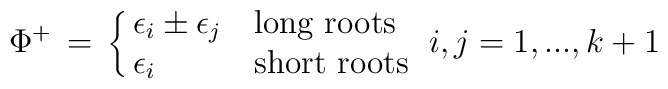
\Phi^+\, =\,\cases{\epsilon_i\pm \epsilon_j & \mbox{long roots}\cr \epsilon_i & \mbox{short roots}}\,\,i,j=1,...,k+1